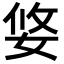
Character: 㛜